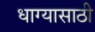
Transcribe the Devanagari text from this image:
धाग्यासाठी